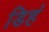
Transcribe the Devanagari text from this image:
डिहं